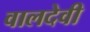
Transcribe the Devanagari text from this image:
वालदेवी